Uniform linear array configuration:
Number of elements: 64
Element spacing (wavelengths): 0.25
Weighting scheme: exponential
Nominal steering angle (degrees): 15
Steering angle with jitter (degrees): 15.524
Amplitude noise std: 0.05
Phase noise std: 0.05

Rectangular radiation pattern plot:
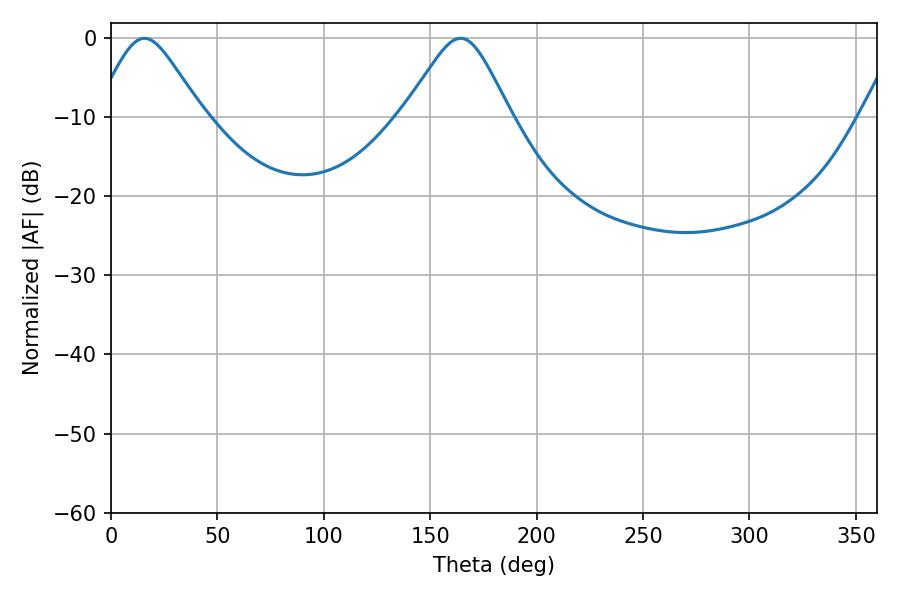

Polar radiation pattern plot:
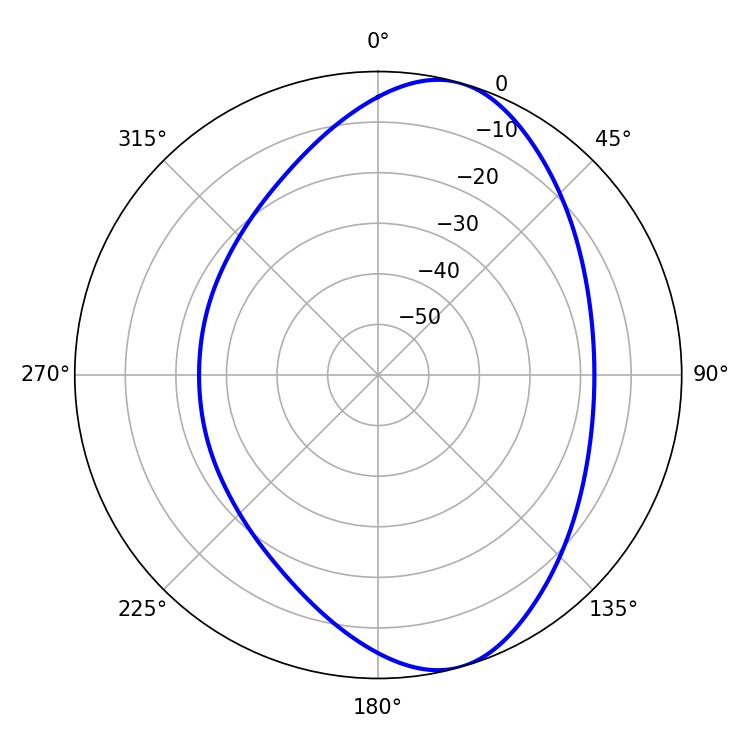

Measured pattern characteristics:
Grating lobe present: FALSE
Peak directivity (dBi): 8.124
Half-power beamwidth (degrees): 24.3
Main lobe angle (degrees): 15.66